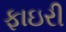
ફાઇરી